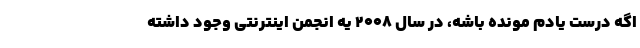
اگه درست یادم مونده باشه، در سال 2008 یه انجمن اینترنتی وجود داشته